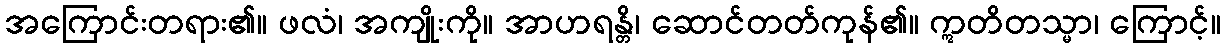
အကြောင်းတရား၏။ ဖလံ၊ အကျိုးကို။ အာဟရန္တိ၊ ဆောင်တတ်ကုန်၏။ ဣတိတသ္မာ၊ ကြောင့်။